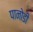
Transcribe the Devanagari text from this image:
पानोडी